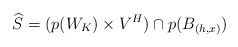
\begin{align*} \widehat{S} = ( p(W_K) \times V^H) \cap p(B_{(h,x)} )\end{align*}